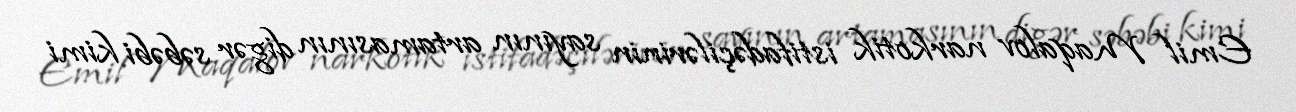
Emil Maqalov narkotik istifadəçilərinin sayının artamasının digər səbəbi kimi